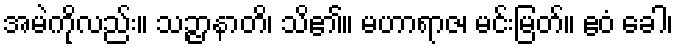
အမဲကိုလည်း။ သဉ္ဇာနာတိ၊ သိ၏။ မဟာရာဇ၊ မင်းမြတ်။ ဧဝံ ခေါ၊